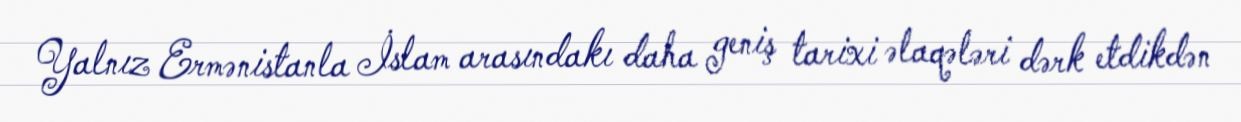
Yalnız Ermənistanla İslam arasındakı daha geniş tarixi əlaqələri dərk etdikdən